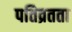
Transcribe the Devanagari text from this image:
पतिव्रतता